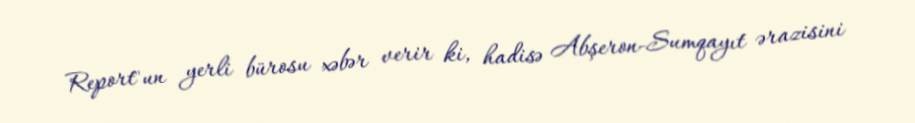
Report"un yerli bürosu xəbər verir ki, hadisə Abşeron-Sumqayıt ərazisini